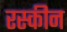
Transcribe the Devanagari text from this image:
रस्कीन